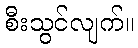
စီးသွင်လျက်။